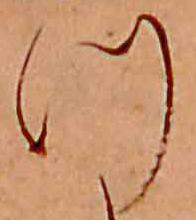
つ